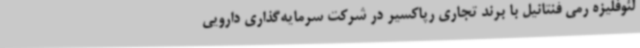
لئوفلیزه رمی فنتانیل با برند تجاری رپاکسیر در شرکت سرمایه‌گذاری دارویی